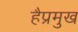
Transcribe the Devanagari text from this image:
हैप्रमुख